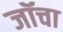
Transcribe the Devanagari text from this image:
जॉचा